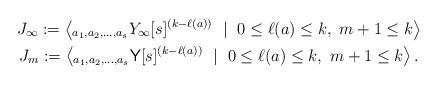
LaTeX: \begin{gather*}J_\infty :=\left\langle _{a_1,a_2,\dots,a_s}Y_\infty[s]^{(k-\ell(a))}\ \mid \ 0\leq \ell(a) \leq k,\ m+1 \leq k \right\rangle\\J_m := \left\langle _{a_1,a_2,\dots,a_s}\mathsf{Y}[s]^{(k-\ell(a))}\ \mid \ 0\leq \ell(a) \leq k,\ m+1 \leq k \right\rangle.\end{gather*}